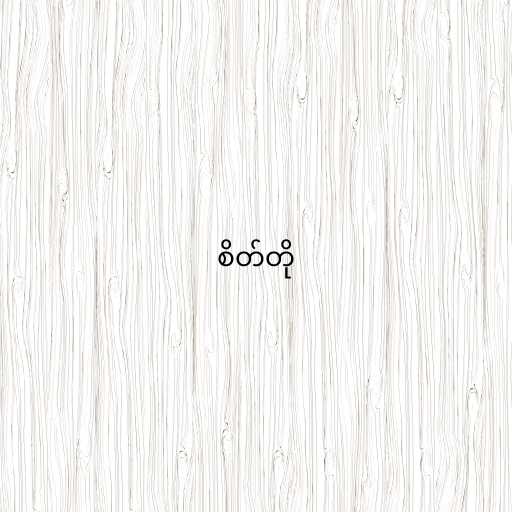
စိတ်တို